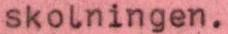
skolningen.